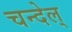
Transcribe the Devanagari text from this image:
चन्देल्